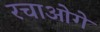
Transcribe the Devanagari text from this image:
रचाओगे